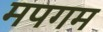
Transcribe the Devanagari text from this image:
मपगम